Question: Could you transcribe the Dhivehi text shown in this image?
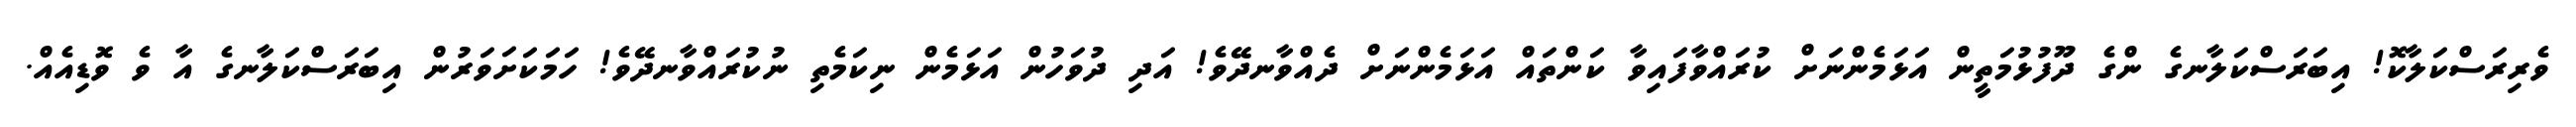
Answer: ވެރިރަސްކަލާކޮ! އިބަރަސްކަލާނގެ ންގެ ދޫފުޅުމަތީން އަޅަމެންނަށް ކުރައްވާފައިވާ ކަންތައް އަޅަމެންނަށް ދެއްވާނދޭވެ! އަދި ދުވަހުން އަޅަމެން ނިކަމެތި ނުކުރައްވާނދޭވެ! ހަމަކަށަވަރުން އިބަރަސްކަލާނގެ އާ ވެ ވޮޑިއެއް.